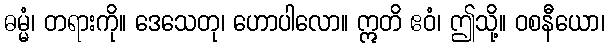
ဓမ္မံ၊ တရားကို။ ဒေသေတု၊ ဟောပါလော။ ဣတိ ဧဝံ၊ ဤသို့။ ဝစနီယော၊